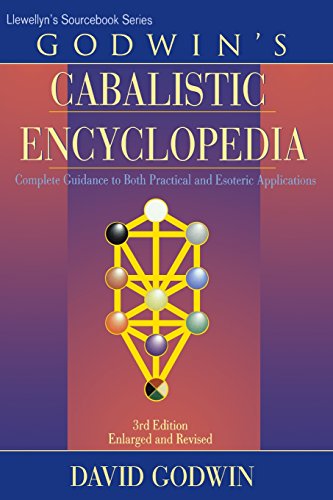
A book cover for Godwin's Cabalistic Encyclopedia: A Complete Guide to Cabalistic Magic (Llewellyn's Sourcebook); David Godwin; Reference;